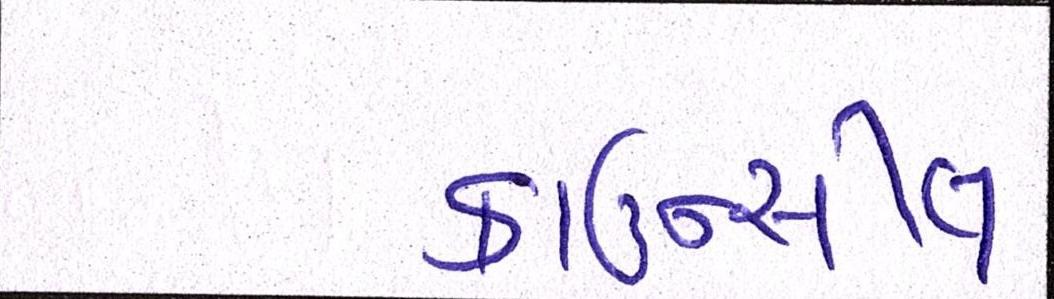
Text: કાઉન્સીલ